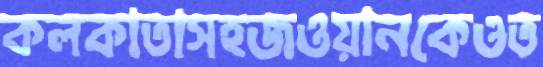
কলকাতাসহজওয়ানকেওত